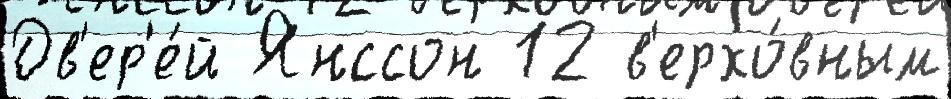
Дв'ер'е́й Янссон 12 в'ерхо́вным